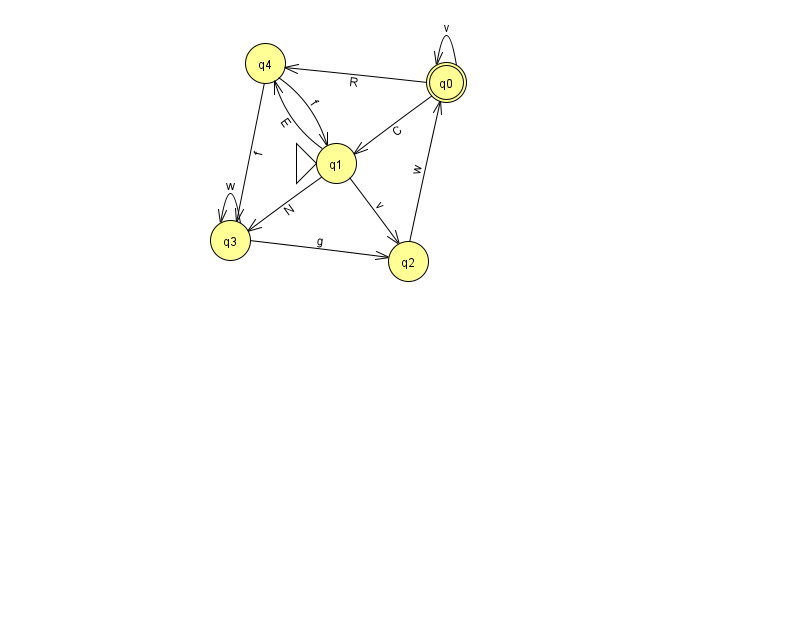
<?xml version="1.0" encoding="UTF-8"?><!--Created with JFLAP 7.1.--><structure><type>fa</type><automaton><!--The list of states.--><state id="0" name="q0"><x>446.0</x><y>69.0</y><final/></state><state id="1" name="q1"><x>336.0</x><y>150.0</y><initial/></state><state id="2" name="q2"><x>408.0</x><y>248.0</y></state><state id="3" name="q3"><x>230.0</x><y>227.0</y></state><state id="4" name="q4"><x>265.0</x><y>50.0</y></state><!--The list of transitions.--><transition><from>1</from><to>3</to><read>N</read></transition><transition><from>0</from><to>1</to><read>C</read></transition><transition><from>4</from><to>3</to><read>f</read></transition><transition><from>0</from><to>0</to><read>v</read></transition><transition><from>1</from><to>2</to><read>v</read></transition><transition><from>2</from><to>0</to><read>w</read></transition><transition><from>3</from><to>3</to><read>w</read></transition><transition><from>0</from><to>4</to><read>R</read></transition><transition><from>3</from><to>2</to><read>g</read></transition><transition><from>4</from><to>1</to><read>f</read></transition><transition><from>1</from><to>4</to><read>E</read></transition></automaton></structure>